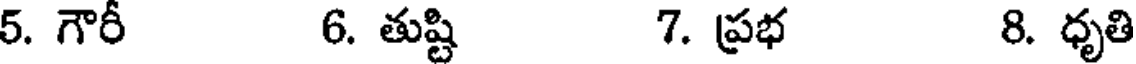
5. గౌరీ 6. తుష్టి 7. ప్రభ 8. ధృతి